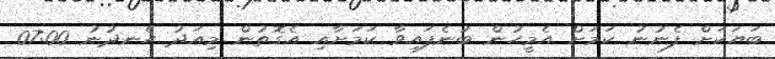
ބަޔަކަށް ފެނުނު ކަމަށް އެމީހުން ބުނެފައިވާ ކަމަށާއި އެގޮތުން މިއަދު ހެނދުނު 07:00